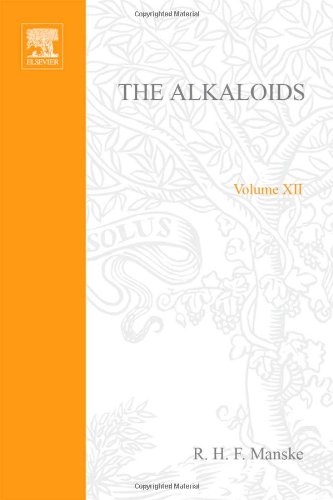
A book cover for The Alkaloids: Chemistry and Physiology  V12, Volume 12; Science & Math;